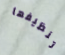
تنظيفها